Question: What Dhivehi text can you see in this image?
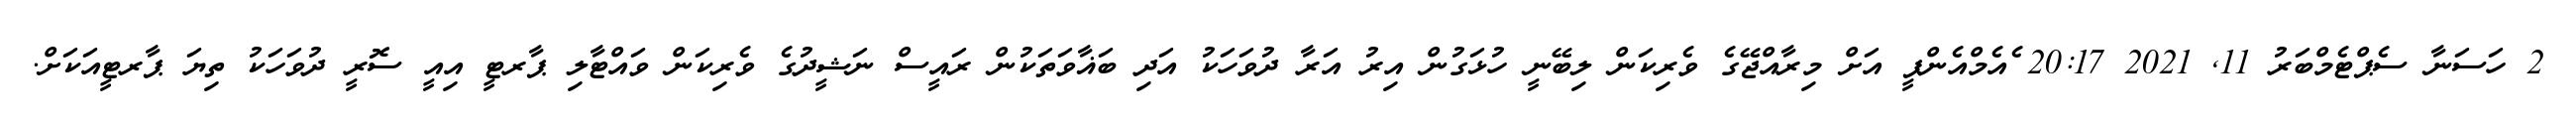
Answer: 2 ހަސަނާ ސެޕްޓެމްބަރު 11, 2021 20:17 ެއެމްއެންޕީ އަށް މިރާއްޖޭގެ ވެރިކަން ލިބޭނީ ހުޅަގުން އިރު އަރާ ދުވަހަކު އަދި ބަޣާވަތަކުން ރައީސް ނަޝީދުގެ ވެރިކަން ވައްޓާލި ޕާރޓީ އިއީ ސޮރީ ދުވަހަކު ތިޔަ ޕާރޓީއަކަށް.